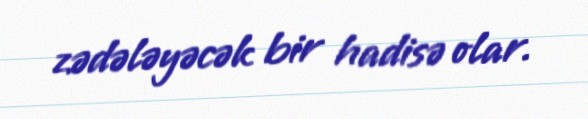
zədələyəcək bir hadisə olar.